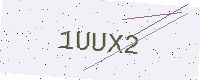
Text: 1UUX2